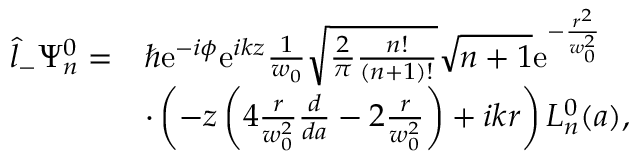
\begin{array} { r l } { \hat { l } _ { - } \Psi _ { n } ^ { 0 } = } & { \hbar \mathrm { e } ^ { - i \phi } \mathrm { e } ^ { i k z } \frac { 1 } { w _ { 0 } } \sqrt { \frac { 2 } { \pi } \frac { n ! } { ( n + 1 ) ! } } \sqrt { n + 1 } \mathrm { e } ^ { - \frac { r ^ { 2 } } { w _ { 0 } ^ { 2 } } } } \\ & { \cdot \left( - z \left( 4 \frac { r } { w _ { 0 } ^ { 2 } } \frac { d } { d a } - 2 \frac { r } { w _ { 0 } ^ { 2 } } \right) + i k r \right) L _ { n } ^ { 0 } ( a ) , } \end{array}